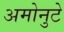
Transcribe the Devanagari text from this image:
अमोनुटे